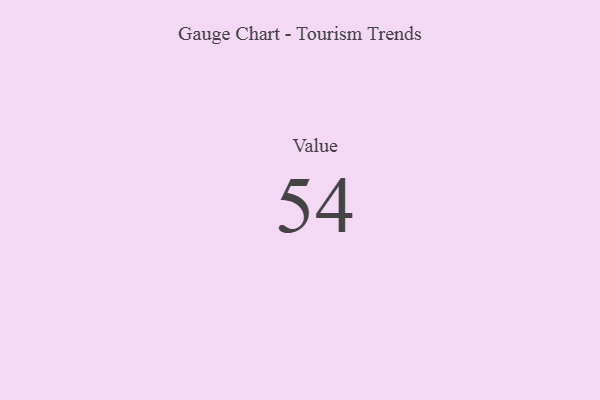
{"axis": {"x": "Metric", "y": "Value"}, "legend": [""], "data": [{"x": "Value", "y": 54, "type": ""}]}